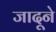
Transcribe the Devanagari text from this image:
जादूने